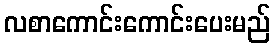
လစာကောင်းကောင်းပေးမည်